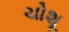
ચોશૂ